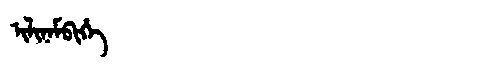
Manchu: ᡳᠯᡳᠨᠠᠮᠪᡳᡥᡝ
Romanization: ILINAMBIHE